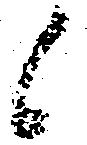
候